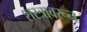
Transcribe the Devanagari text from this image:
शस्त्रावरून